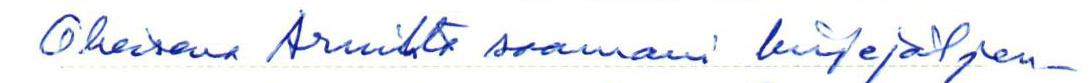
Oheisena Arnilta saamani kirjejäljen-